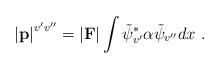
LaTeX: \begin{align*}\left|{\bf p}\right|^{v^\prime v^{\prime\prime}}=\vert {\bf F}\vert \int \tilde{\psi}_{v^\prime}^\ast \alpha\tilde{\psi}_{v^{\prime\prime}}dx~.\end{align*}